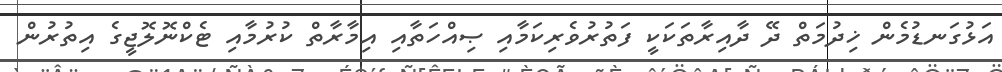
އަޅުގަނޑުމެން ޚިދުމަތް ދޭ ދާއިރާތަކަކީ ފަތުރުވެރިކަމާއި ޞިއްހަތާއި އިމާރާތް ކުރުމާއި ޓެކްނޮލޮޖީގެ އިތުރުން